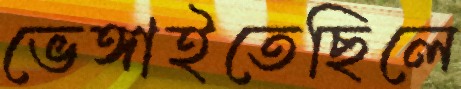
ভেঙ্গাইতেছিলে